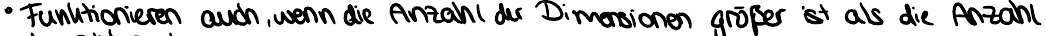
Funktionieren auch, wenn die Anzahl der Dimensionen größer ist als die Anzahl